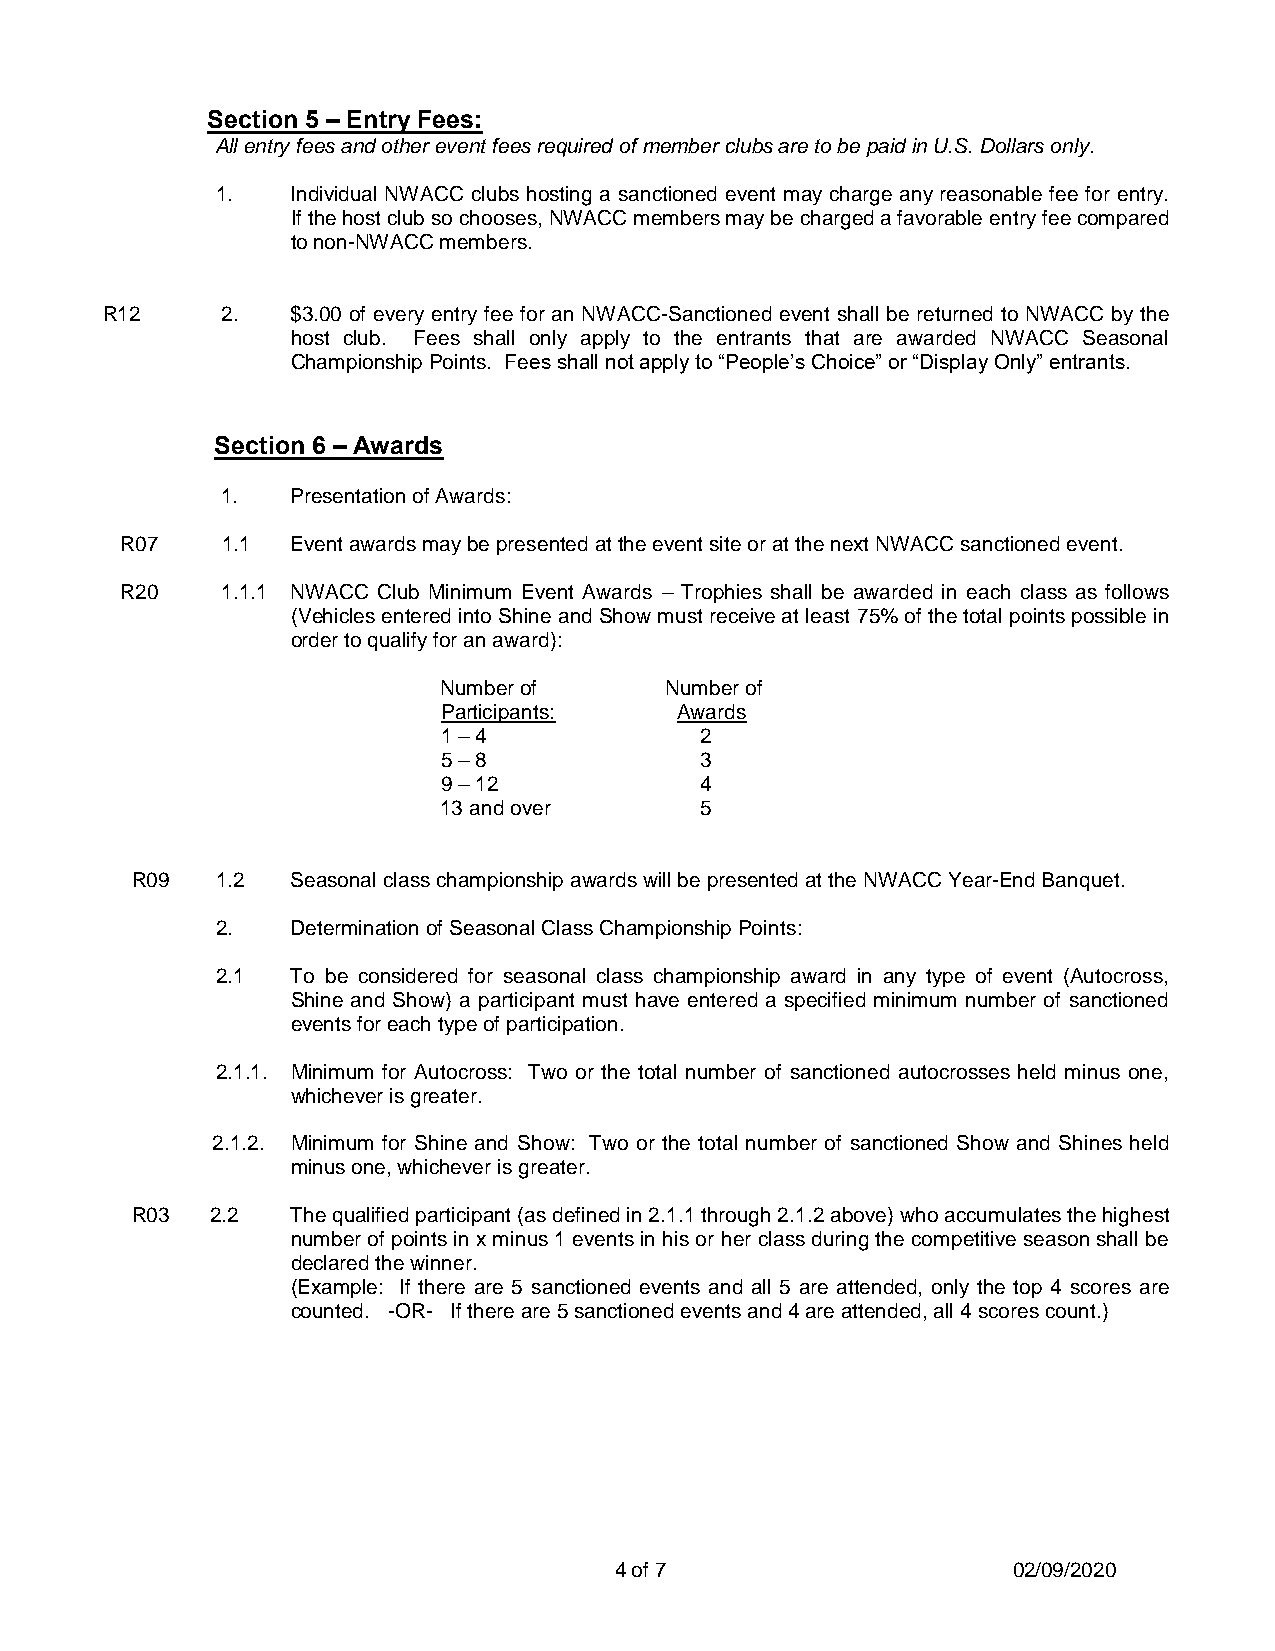
Section 5 – Entry Fees:
 All entry fees and other event fees required of member clubs are to be paid in U.S. Dollars only.
 1.   Individual NWACC clubs hosting a sanctioned event may charge any reasonable fee for entry.
 If the host club so chooses, NWACC members may be charged a favorable entry fee compared
 to non-NWACC members.
 R12     2.  $3.00 of every entry fee for an NWACC-Sanctioned event shall be returned to NWACC by the
 host club. Fees shall only apply to the entrants that are awarded NWACC Seasonal
 Championship Points. Fees shall not apply to “People’s Choice” or “Display Only” entrants.
 Section 6 – Awards
 1.  Presentation of Awards:
 R07    1.1 Event awards may be presented at the event site or at the next NWACC sanctioned event.
 R20    1.1.1 NWACC Club Minimum Event Awards – Trophies shall be awarded in each class as follows
 (Vehicles entered into Shine and Show must receive at least 75% of the total points possible in
 order to qualify for an award):
 Number of      Number of
 Participants:   Awards
 1 – 4            2
 5 – 8            3
 9 – 12           4
 13 and over      5
 R09  1.2  Seasonal class championship awards will be presented at the NWACC Year-End Banquet.
 2.   Determination of Seasonal Class Championship Points:
 2.1  To be considered for seasonal class championship award in any type of event (Autocross,
 Shine and Show) a participant must have entered a specified minimum number of sanctioned
 events for each type of participation.
 2.1.1. Minimum for Autocross: Two or the total number of sanctioned autocrosses held minus one,
 whichever is greater.
 2.1.2. Minimum for Shine and Show: Two or the total number of sanctioned Show and Shines held
 minus one, whichever is greater.
 R03  2.2  The qualified participant (as defined in 2.1.1 through 2.1.2 above) who accumulates the highest
 number of points in x minus 1 events in his or her class during the competitive season shall be
 declared the winner.
 (Example: If there are 5 sanctioned events and all 5 are attended, only the top 4 scores are
 counted. -OR- If there are 5 sanctioned events and 4 are attended, all 4 scores count.)
 4 of 7                    02/09/2020